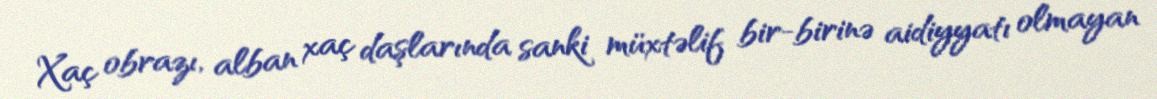
Xaç obrazı, alban xaç daşlarında sanki müxtəlif bir-birinə aidiyyatı olmayan